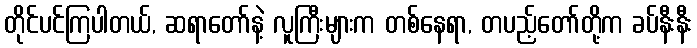
တိုင်ပင်ကြပါတယ်, ဆရာတော်နဲ့ လူကြီးများက တစ်နေရာ, တပည့်တော်တို့က ခပ်နီးနီး